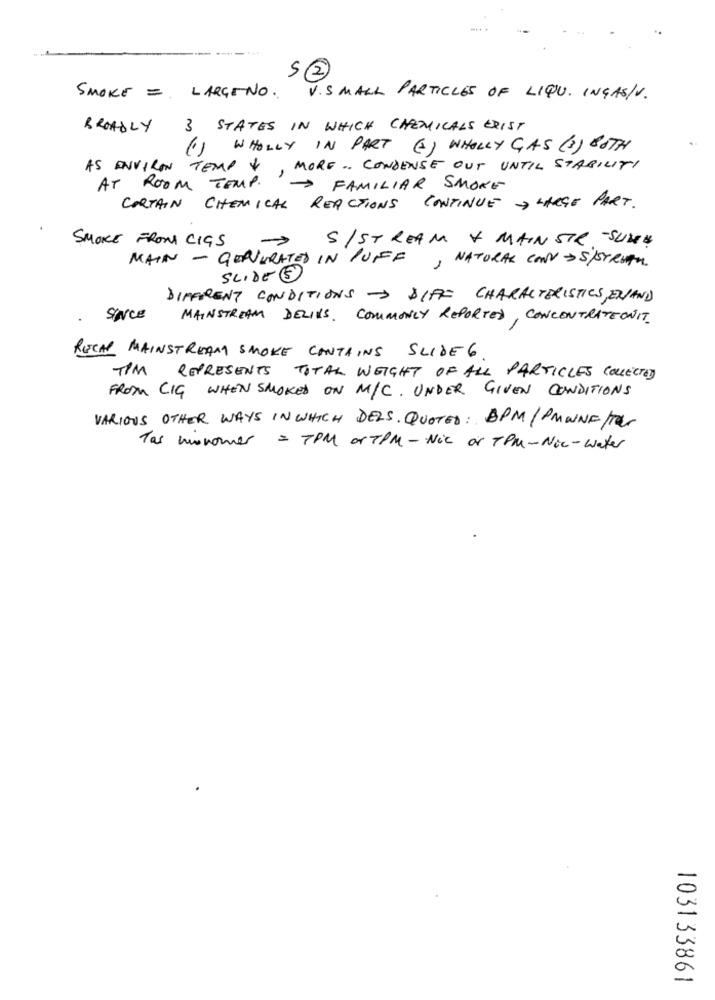
5 2
SMOKE = LARGENO. V.SMALL PARTICLES OF LIQU. INGASIV.
BROADLY 3 STATES IN WHICH CHEMICALS EXIST
(1) WHOLLY IN PART (2) WHOLLY GAS (3) BOTH
AS ENVIRON TEMP & MORE .. CONDENSE OUT UNTIL STABILITI
AT ROOM TEMP. FAMILIAR SMOKE
CORTAIN CHEMICAL REACTIONS CONTINUE > LARGE PART.
SMOKE FROM CIGS
S/STREAM + MAIN STR. - SULLE
MAIN - GENERATED IN PUFF, NATURAL CONVOS/STREAM
SLIDE (3)
DIFFERENT CONDITIONS - DIFF CHARACTERISTICS, ENAND
SINCE
MAINSTREAM DELINS, COMMONLY REPORTED, CONCENTRATEONIT.
RECAP MAINSTREAM SMOKE CONTAINS SLIDE 6
TIM
REPRESENTS TOTAL WEIGHT OF ALL PARTICLES COLLECTED
FROM CIG WHEN SMOKED ON M/C. UNDER GIVEN CONDITIONS
VARIOUS OTHER WAYS IN WHICH DELS. QUOTED: BPM/ PMWNF/Tar
Tas monomer = 7PM artPM -Nic or TPM-Nic-water
103133861